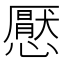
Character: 懕